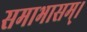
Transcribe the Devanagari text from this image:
समाभासम्।